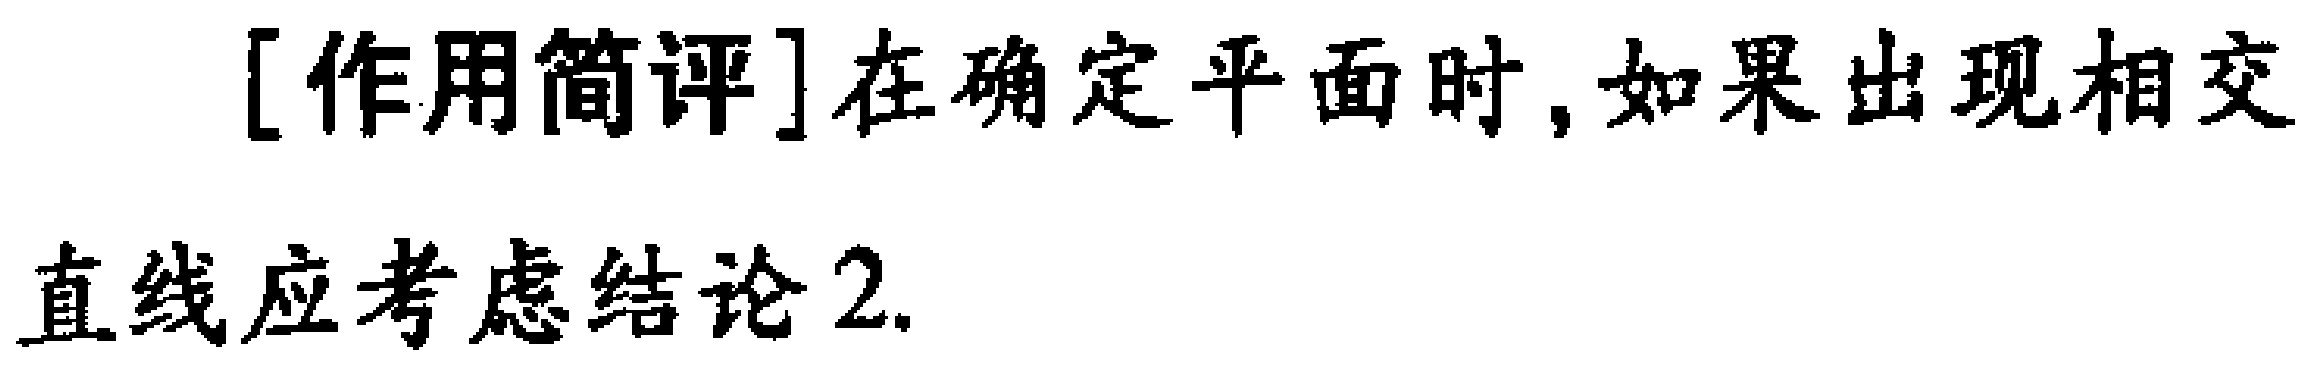
[作用简评]在确定平面时,如果出现相交直线应考虑结论2.